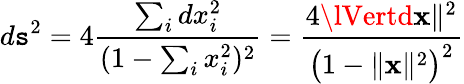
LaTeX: d\mathtt{s}^{2}=4{\frac{{\sum_{i}dx_{i}^{2}}}{{(1-\sum_{i}x_{i}^{2})^{2}}}}={\frac{{4\lVertd\mathbf{{x}}\rVert^{2}}}{{{\bigl(}1-\lVert\mathbf{{x}}\rVert^{2}{\bigr)}^{2}}}}